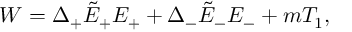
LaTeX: W = \Delta _ { + } \tilde { E } _ { + } E _ { + } + \Delta _ { - } \tilde { E } _ { - } E _ { - } + m T _ { 1 } ,